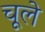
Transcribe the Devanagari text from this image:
चूले